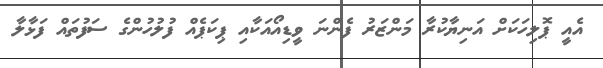
އެއީ ޕޮލިހަކަށް އަނިޔާކުރާ މަންޒަރު ފެންނަ ވީޑިއޯއަކާއި ޕިކަޕެއް ފުލުހުންގެ ސަފުތައް ފަޅާލާ